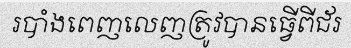
របាំងពេញលេញត្រូវបានធ្វើពីជ័រ